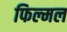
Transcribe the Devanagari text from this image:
फिल्मल